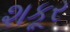
શકૂર